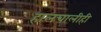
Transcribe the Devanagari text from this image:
हालचालीही